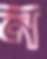
ন